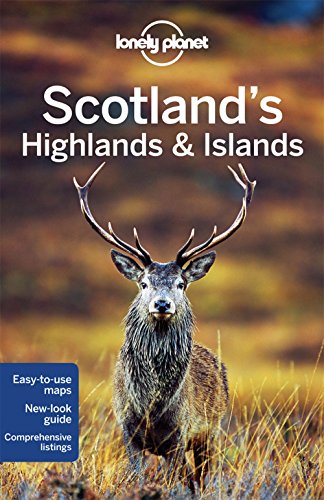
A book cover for Lonely Planet Scotland's Highlands & Islands (Travel Guide); Lonely Planet; Travel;